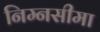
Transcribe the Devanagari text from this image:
निम्नसीमा